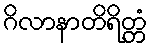
ဂိလာနာတိရိတ္တံ